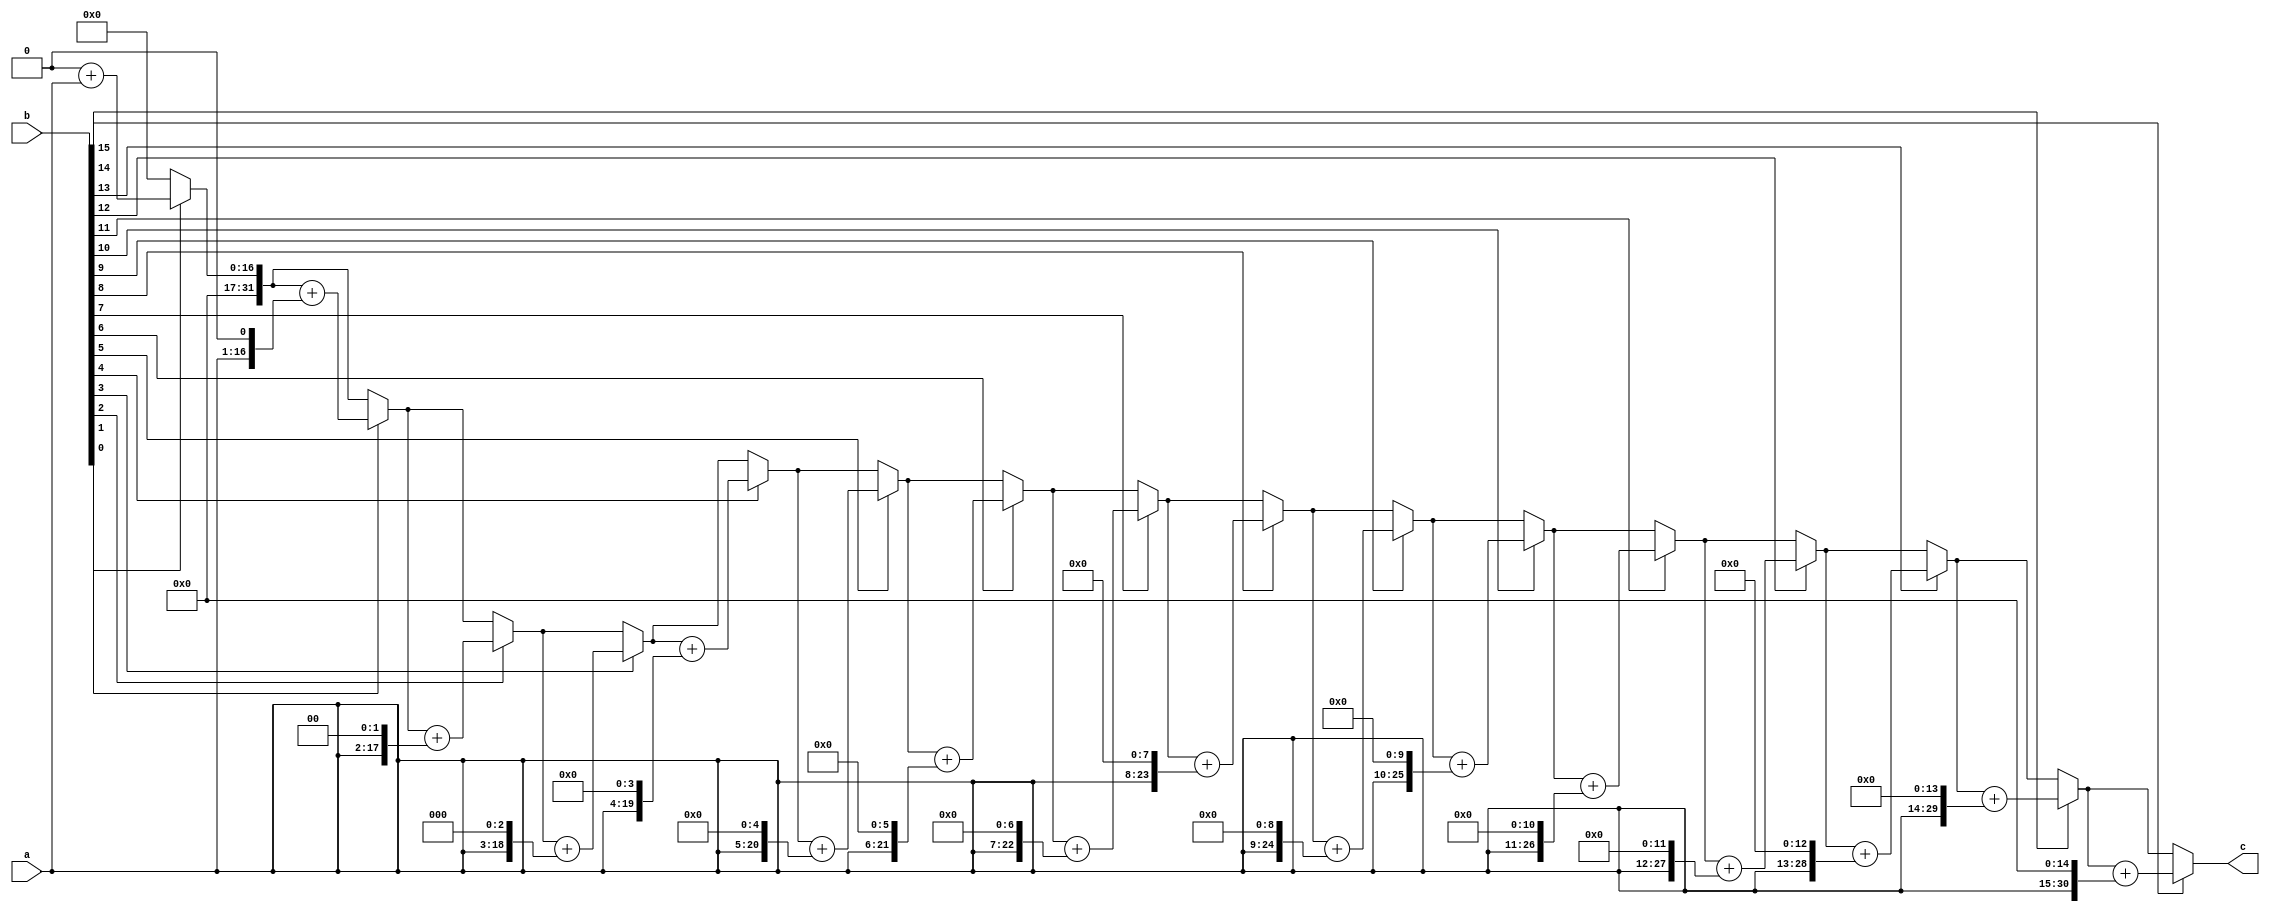
`timescale 1ns / 1ps
//////////////////////////////////////////////////////////////////////////////////
// Company: 
// Engineer: 
// 
// Design Name: 
// Module Name:    SixteenBitMult 
// Project Name: 
// Target Devices: 
// Tool versions: 
// Description: 
//
// Dependencies: 
//
// Revision: 
// Revision 0.01 - File Created
// Additional Comments: 
//
//////////////////////////////////////////////////////////////////////////////////
module SixteenBitMult(a,b,c
    );

input [15:0] a,b; // //ma={1'b1,10bit of mantissa}
output [31:0] c;
reg [31:0] a_temp; //for result of 22bit
reg [31:0] q_temp;

integer i;
always @(a,b)
begin
a_temp ={16'b0,a[15:0]};//a_temp=32'b0;
q_temp = 32'b0;

for(i=0;i<16;i=i+1)
begin
   if(b[i] == 1)
        q_temp=q_temp+a_temp;//add based on multiplier bit
   else
        q_temp=q_temp;
   a_temp={a_temp[30:0],1'b0};//shift in each iteration
end
end
assign c=q_temp[31:0];
endmodule
/*
EightBitMult z1(a[7:0],b[7:0],q0[15:0]);
EightBitMult z2(a[15:8],b[7:0],q1[15:0]);
EightBitMult z3(a[7:0],b[15:8],q2[15:0]);
EightBitMult z4(a[15:8],b[15:8],q3[15:0]);


assign c = a*b;
*/